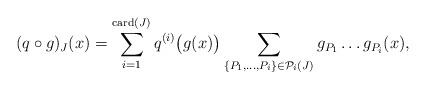
LaTeX: \begin{align*}(q \circ g)_J(x) = \sum_{i=1}^{\mathrm{card}(J)} q^{(i)}\bigl(g(x)\bigr)\sum_{\{P_1,\ldots,P_i\} \in \mathcal{P}_i(J)} g_{P_1}\ldots g_{P_i}(x),\end{align*}